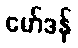
မော်ဒန်